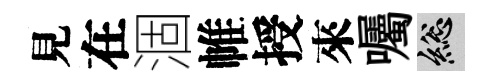
見在涸帷授來囑總